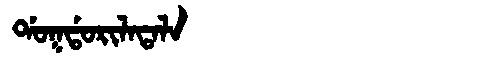
Manchu: ᡩᠣᡴᡩᠣᡵᡳᠯᠠᡨᠠᠯᠠ
Romanization: DOKDORILATALA